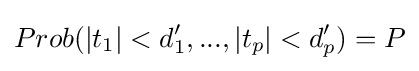
Prob(|t_{1}|<d_{1}',...,|t_{p}|<d_{p}')=P